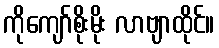
ကိုကျော်စိုးမိုး လာဗျာထိုင်။